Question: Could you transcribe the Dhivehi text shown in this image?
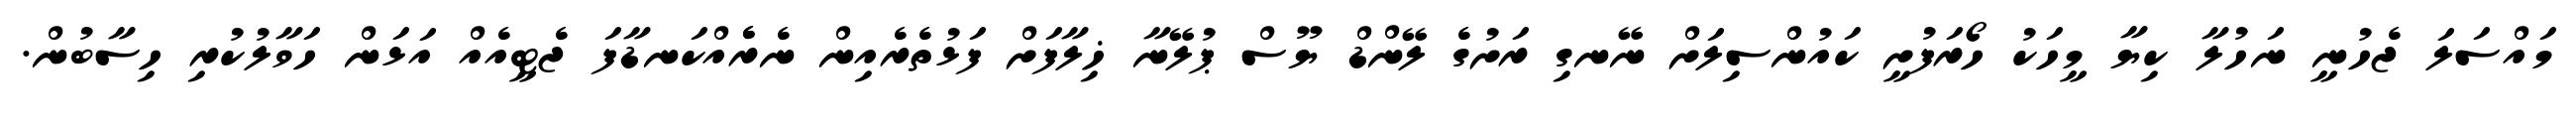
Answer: މައްސަލަ ޖެހުނީ ނަހުލާ ކިޔާ މީހަކު ހޯރަފުށީ ކައުންސިލަށް ނޭނގި ރަށުގެ ލޭންޑް ޔޫސް ޕުލޭނާ ޚިލާފަށް ފަޅުތެރެއިން ނެރެެއްކަނޑާފަ ޖެޓީއެއް އަޅަން ހަވާލުކުރި ހިސާބުން.